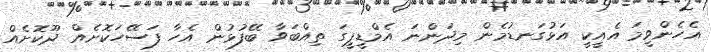
އެހެންވީމަ އެއީކީ އަޅުގަނޑުމެން މިދަންނަ އެމްޑީޕީގަ ތިއްބަވާ ބޭފުޅުން އެހާ ފަސޭހަކޮށެއް ދޫކޮށެއް